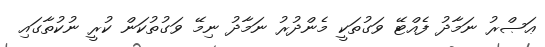
ޢަޞްރު ނަމާދު ފެއްޓޭ ވަގުތަކީ މެންދުރު ނަމާދު ނިމޭ ވަގުތުކަން ކުރީ ނުކުތާގައި